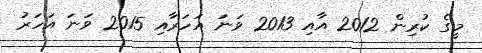
މީގެ ކުރިން 2012 އާއި 2013 ވަނަ އަހަރާއި 2015 ވަނަ އަހަރު